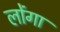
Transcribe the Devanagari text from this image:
लोंगा